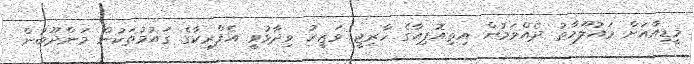
މީޑިއާއަށް މައުލޫމާތު ދެއްވަމުން އިތިއޮޕިއާގެ ހާރިޖީ ވަޒީރު ވިދާޅުވީ އެފްރިކާގެ ގައުމުތަކުން މަންދޫބުން